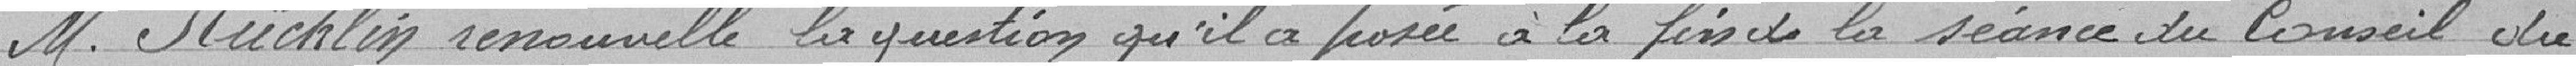
M. Rücklin renouvelle la question qu'il a posée à la fin de la séance du Conseil du